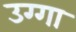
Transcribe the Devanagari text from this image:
उग्गा